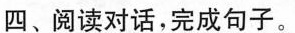
四、阅读对话,完成句子.